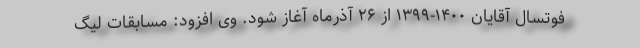
فوتسال آقایان ۱۴۰۰-۱۳۹۹ از ۲۶ آذرماه آغاز شود. وی افزود: مسابقات لیگ